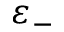
\varepsilon _ { - }